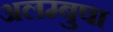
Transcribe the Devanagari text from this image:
अलम्बुषा